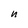
Character: n